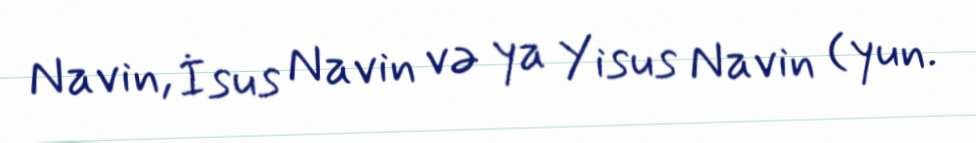
Navin, İsus Navin və ya Yisus Navin (yun.